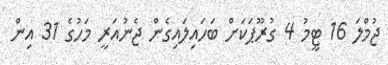
ޖުމްލަ 16 ޓީމު 4 ގުރޫޕަކަށް ބަހައިލައިގެން ޖެނުއަރީ މަހުގެ 31 އިން